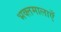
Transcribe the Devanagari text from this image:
भक्तमालाएँ